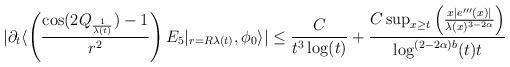
LaTeX: \begin{align*} |\partial_{t}\langle \left(\frac{\cos(2Q_{\frac{1}{\lambda(t)}})-1}{r^{2}}\right) E_{5}\vert_{r = R\lambda(t)},\phi_{0}\rangle| &\leq \frac{C}{t^{3}\log(t)}+\frac{C \sup_{x \geq t}\left(\frac{x|e'''(x)|}{\lambda(x)^{3-2\alpha}}\right)}{\log^{(2-2\alpha)b}(t)t}\end{align*}